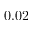
0 . 0 2